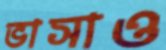
ভাসাও